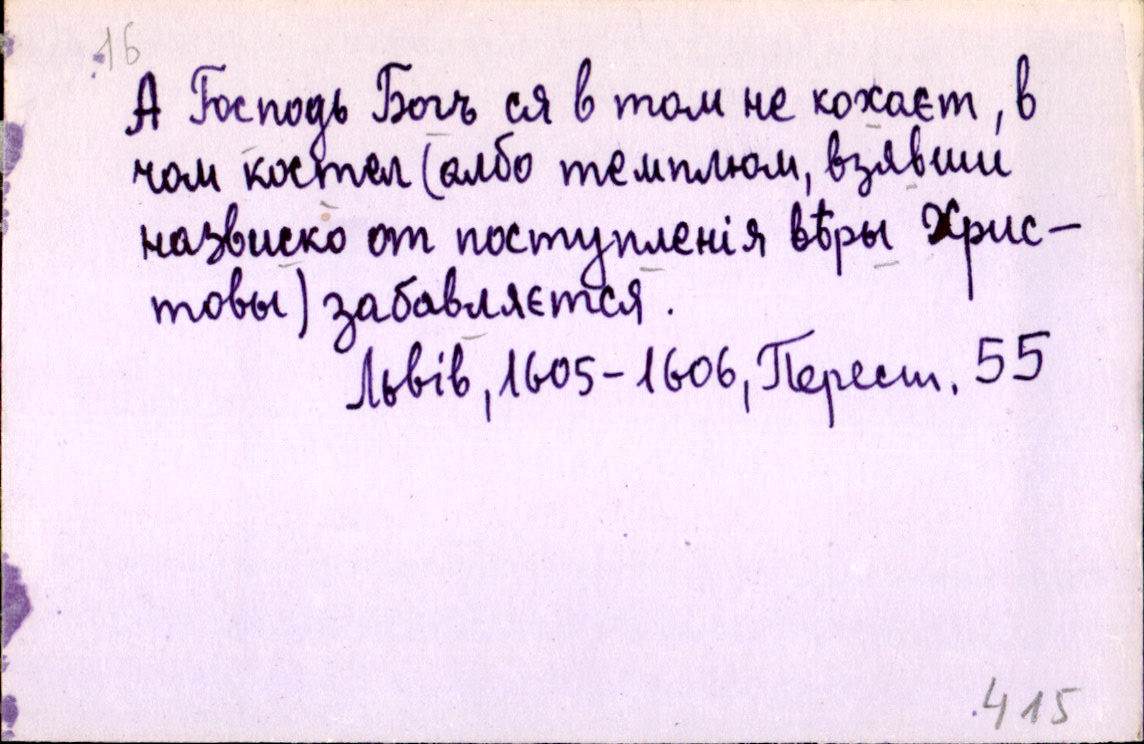
А Господь Богъ ся в том не кохаєт, в
чом костел (албо темплюм, взявши
назвиско от поступленія вѣры Хрис-
товы) забавляєтся.
Львів, 1605-1606, Перест. 55